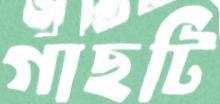
গাছটি